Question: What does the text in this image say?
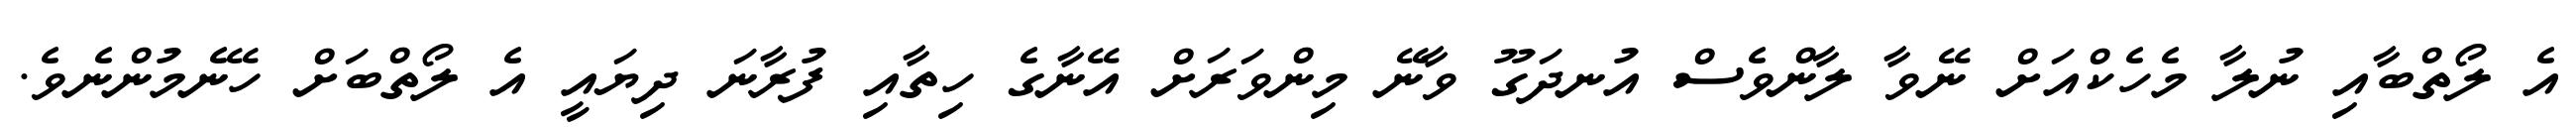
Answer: އެ ލޯތްބާއި ނުލާ މެހެކްއަށް ނޭވާ ލާންވެސް އުނދަގޫ ވާނޭ މިންވަރަށް އޭނާގެ ހިތާއި ފުރާނަ ދިޔައީ އެ ލޯތްބަށް ހޭނެމުންނެވެ.